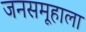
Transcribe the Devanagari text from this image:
जनसमूहाला